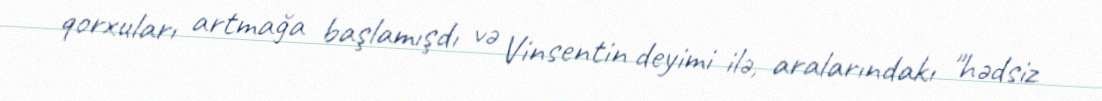
qorxuları artmağa başlamışdı və Vinsentin deyimi ilə, aralarındakı "hədsiz